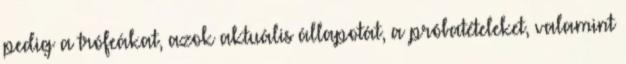
pedig a trófeákat, azok aktuális állapotát, a próbatételeket, valamint